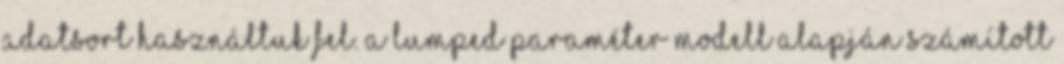
adatsort használtuk fel. A lumped paraméter modell alapján számított